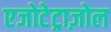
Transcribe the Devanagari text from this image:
एजोटेट्राज़ोल